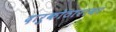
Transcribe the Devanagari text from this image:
दारुकोठारावर